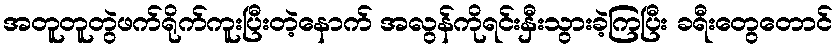
အတူတူတွဲဖက်ရိုက်ကူးပြီးတဲ့နောက် အလွန်ကိုရင်းနှီးသွားခဲ့ကြပြီး ခရီးတွေတောင်